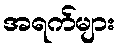
အရက်များ